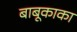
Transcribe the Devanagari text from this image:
बाबूकाका